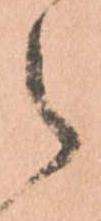
之